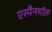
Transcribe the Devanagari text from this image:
एस्पैनयॉल